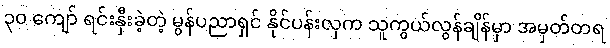
၃၀ ကျော် ရင်းနှီးခဲ့တဲ့ မွန်ပညာရှင် နိုင်ပန်းလှက သူကွယ်လွန်ချိန်မှာ အမှတ်တရ